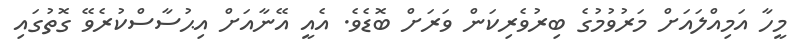
މީހާ އަމިއްލައަށް މަރުވުމުގެ ބިރުވެރިކަން ވަރަށް ބޮޑެވެ. އެއީ އޭނާއަށް އިޙުސާސްކުރެވޭ ގޮތުގައި